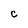
Character: C